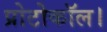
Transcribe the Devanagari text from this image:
प्रोटोकॉल।